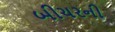
બીચરની